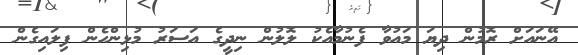
އޭނައަށް ރޮމުން ދިޔަ މައުވާ ފެނުމާއެކު ލޮލުން ނިދީގެ އަސަރު މުޅިންހެން ފިލައިގެން